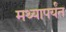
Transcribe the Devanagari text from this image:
मथ्यापर्यंत